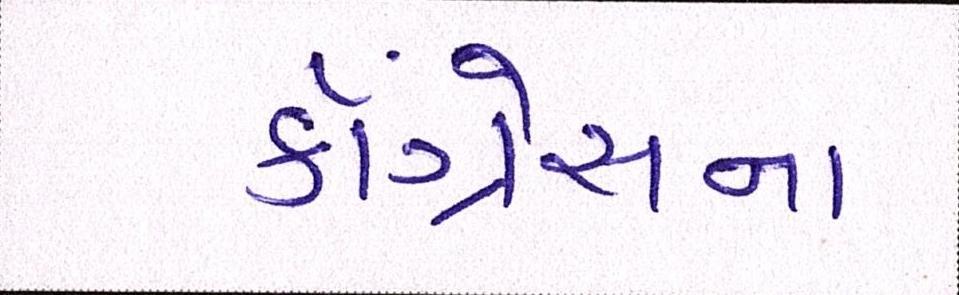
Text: કૉંગ્રેસના